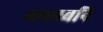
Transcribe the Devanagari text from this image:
भावध्वनि